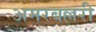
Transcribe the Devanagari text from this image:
अमरबल्लरी